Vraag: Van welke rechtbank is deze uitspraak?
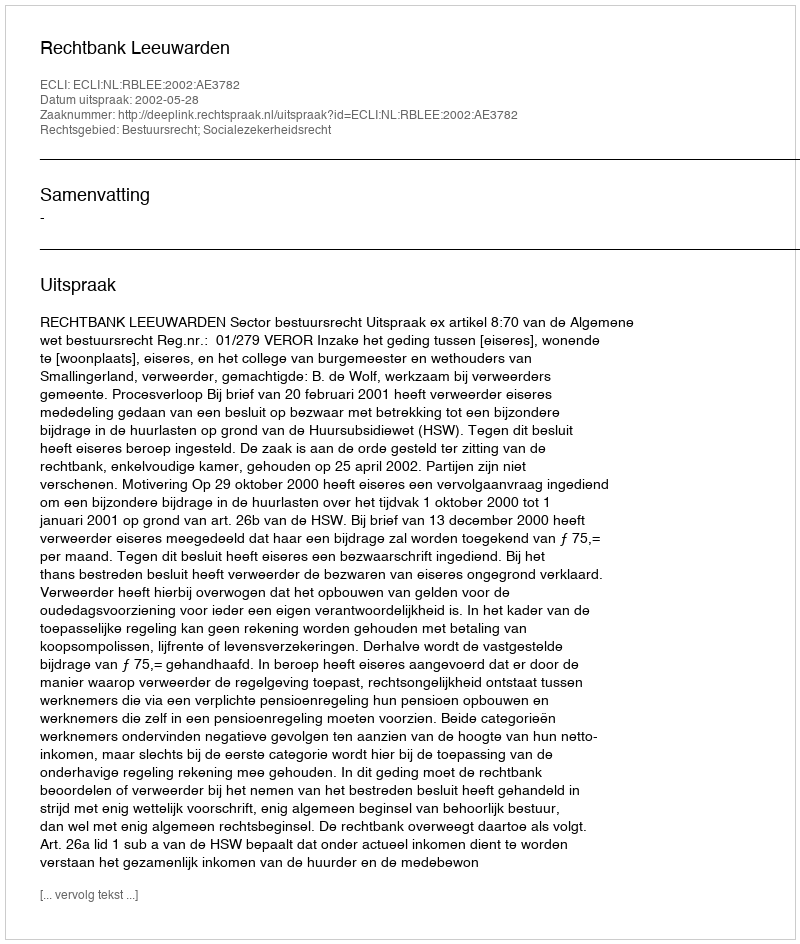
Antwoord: Rechtbank Leeuwarden